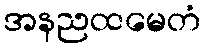
အနညထမေတံ